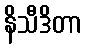
နိသီဒိတာ